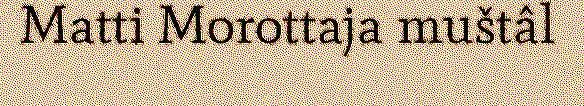
Matti Morottaja muštâl